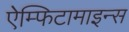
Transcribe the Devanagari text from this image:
ऐम्फिटामाइन्स